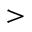
>